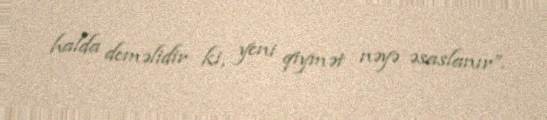
halda deməlidir ki, yeni qiymət nəyə əsaslanır”.